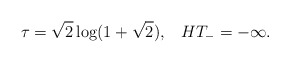
\begin{align*}\tau=\sqrt{2}\log(1+\sqrt{2}),\;\;\;HT_-=-\infty.\end{align*}